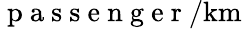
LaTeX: \mathrm{~p~a~s~s~e~n~g~e~r~}/\mathrm{km}